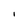
Character: I